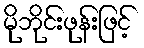
မိုဘိုင်းဖုန်းဖြင့်